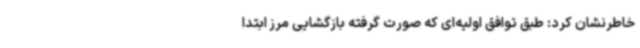
خاطرنشان کرد: طبق توافق اولیه‌ای که صورت گرفته بازگشایی مرز ابتدا